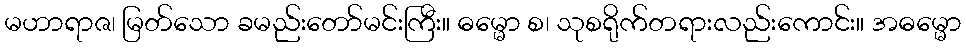
မဟာရာဇ၊ မြတ်သော ခမည်းတော်မင်းကြီး။ ဓမ္မော စ၊ သုစရိုက်တရားလည်းကောင်း။ အဓမ္မော